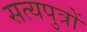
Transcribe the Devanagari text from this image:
सत्यपुत्रों